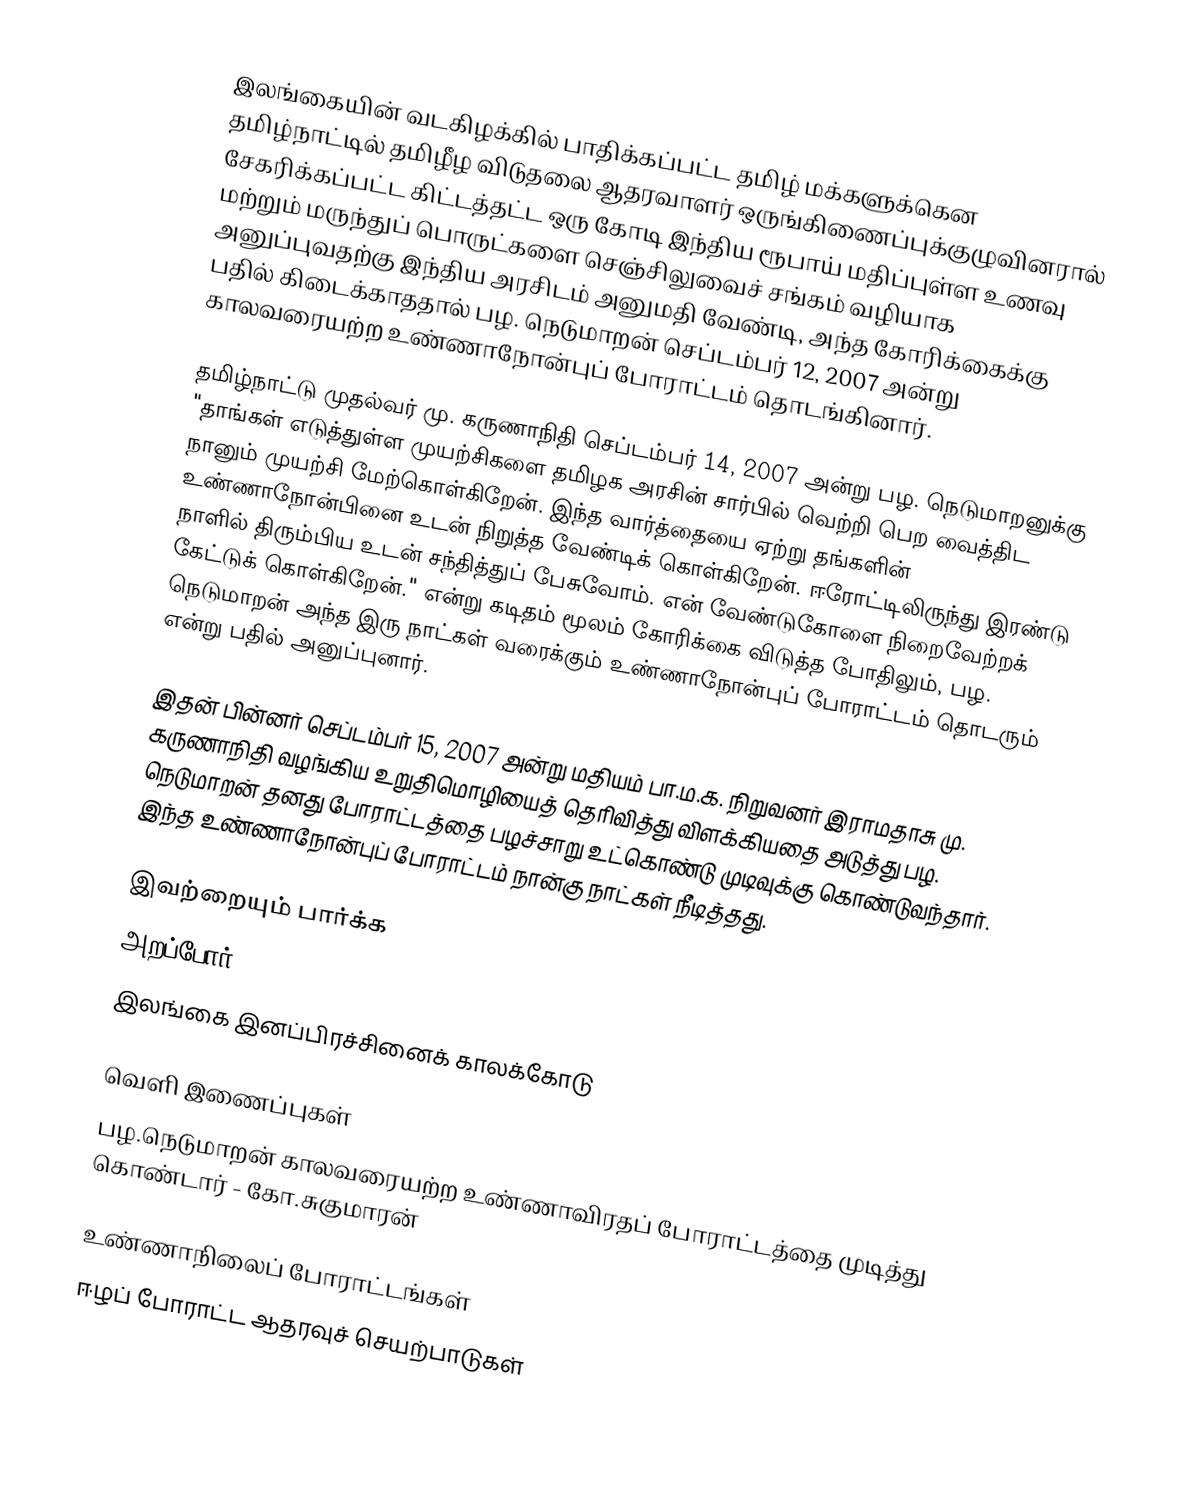
இலங்கையின் வடகிழக்கில் பாதிக்கப்பட்ட தமிழ் மக்களுக்கென தமிழ்நாட்டில் தமிழீழ விடுதலை ஆதரவாளர் ஒருங்கிணைப்புக்குழுவினரால் சேகரிக்கப்பட்ட கிட்டத்தட்ட ஒரு கோடி இந்திய ரூபாய் மதிப்புள்ள உணவு மற்றும் மருந்துப் பொருட்களை செஞ்சிலுவைச் சங்கம் வழியாக அனுப்புவதற்கு இந்திய அரசிடம் அனுமதி வேண்டி, அந்த கோரிக்கைக்கு பதில் கிடைக்காததால் பழ. நெடுமாறன் செப்டம்பர் 12, 2007 அன்று காலவரையற்ற உண்ணாநோன்புப் போராட்டம் தொடங்கினார்.

தமிழ்நாட்டு முதல்வர் மு. கருணாநிதி செப்டம்பர் 14, 2007 அன்று பழ. நெடுமாறனுக்கு "தாங்கள் எடுத்துள்ள முயற்சிகளை தமிழக அரசின் சார்பில் வெற்றி பெற வைத்திட நானும் முயற்சி மேற்கொள்கிறேன். இந்த வார்த்தையை ஏற்று தங்களின் உண்ணாநோன்பினை உடன் நிறுத்த வேண்டிக் கொள்கிறேன். ஈரோட்டிலிருந்து இரண்டு நாளில் திரும்பிய உடன் சந்தித்துப் பேசுவோம். என் வேண்டுகோளை நிறைவேற்றக் கேட்டுக் கொள்கிறேன்." என்று கடிதம் மூலம் கோரிக்கை விடுத்த போதிலும், பழ. நெடுமாறன் அந்த இரு நாட்கள் வரைக்கும் உண்ணாநோன்புப் போராட்டம் தொடரும் என்று பதில் அனுப்புனார்.

இதன் பின்னர் செப்டம்பர் 15, 2007 அன்று மதியம் பா.ம.க. நிறுவனர் இராமதாசு மு. கருணாநிதி வழங்கிய உறுதிமொழியைத் தெரிவித்து விளக்கியதை அடுத்து பழ. நெடுமாறன் தனது போராட்டத்தை பழச்சாறு உட்கொண்டு முடிவுக்கு கொண்டுவந்தார். இந்த உண்ணாநோன்புப் போராட்டம் நான்கு நாட்கள் நீடித்தது.

இவற்றையும் பார்க்க
 அறப்போர்
 இலங்கை இனப்பிரச்சினைக் காலக்கோடு

வெளி இணைப்புகள்
 பழ.நெடுமாறன் காலவரையற்ற உண்ணாவிரதப் போராட்டத்தை முடித்து கொண்டார் - கோ.சுகுமாரன்

உண்ணாநிலைப் போராட்டங்கள்
ஈழப் போராட்ட ஆதரவுச் செயற்பாடுகள்